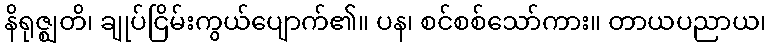
နိရုဇ္ဈတိ၊ ချုပ်ငြိမ်းကွယ်ပျောက်၏။ ပန၊ စင်စစ်သော်ကား။ တာယပညာယ၊